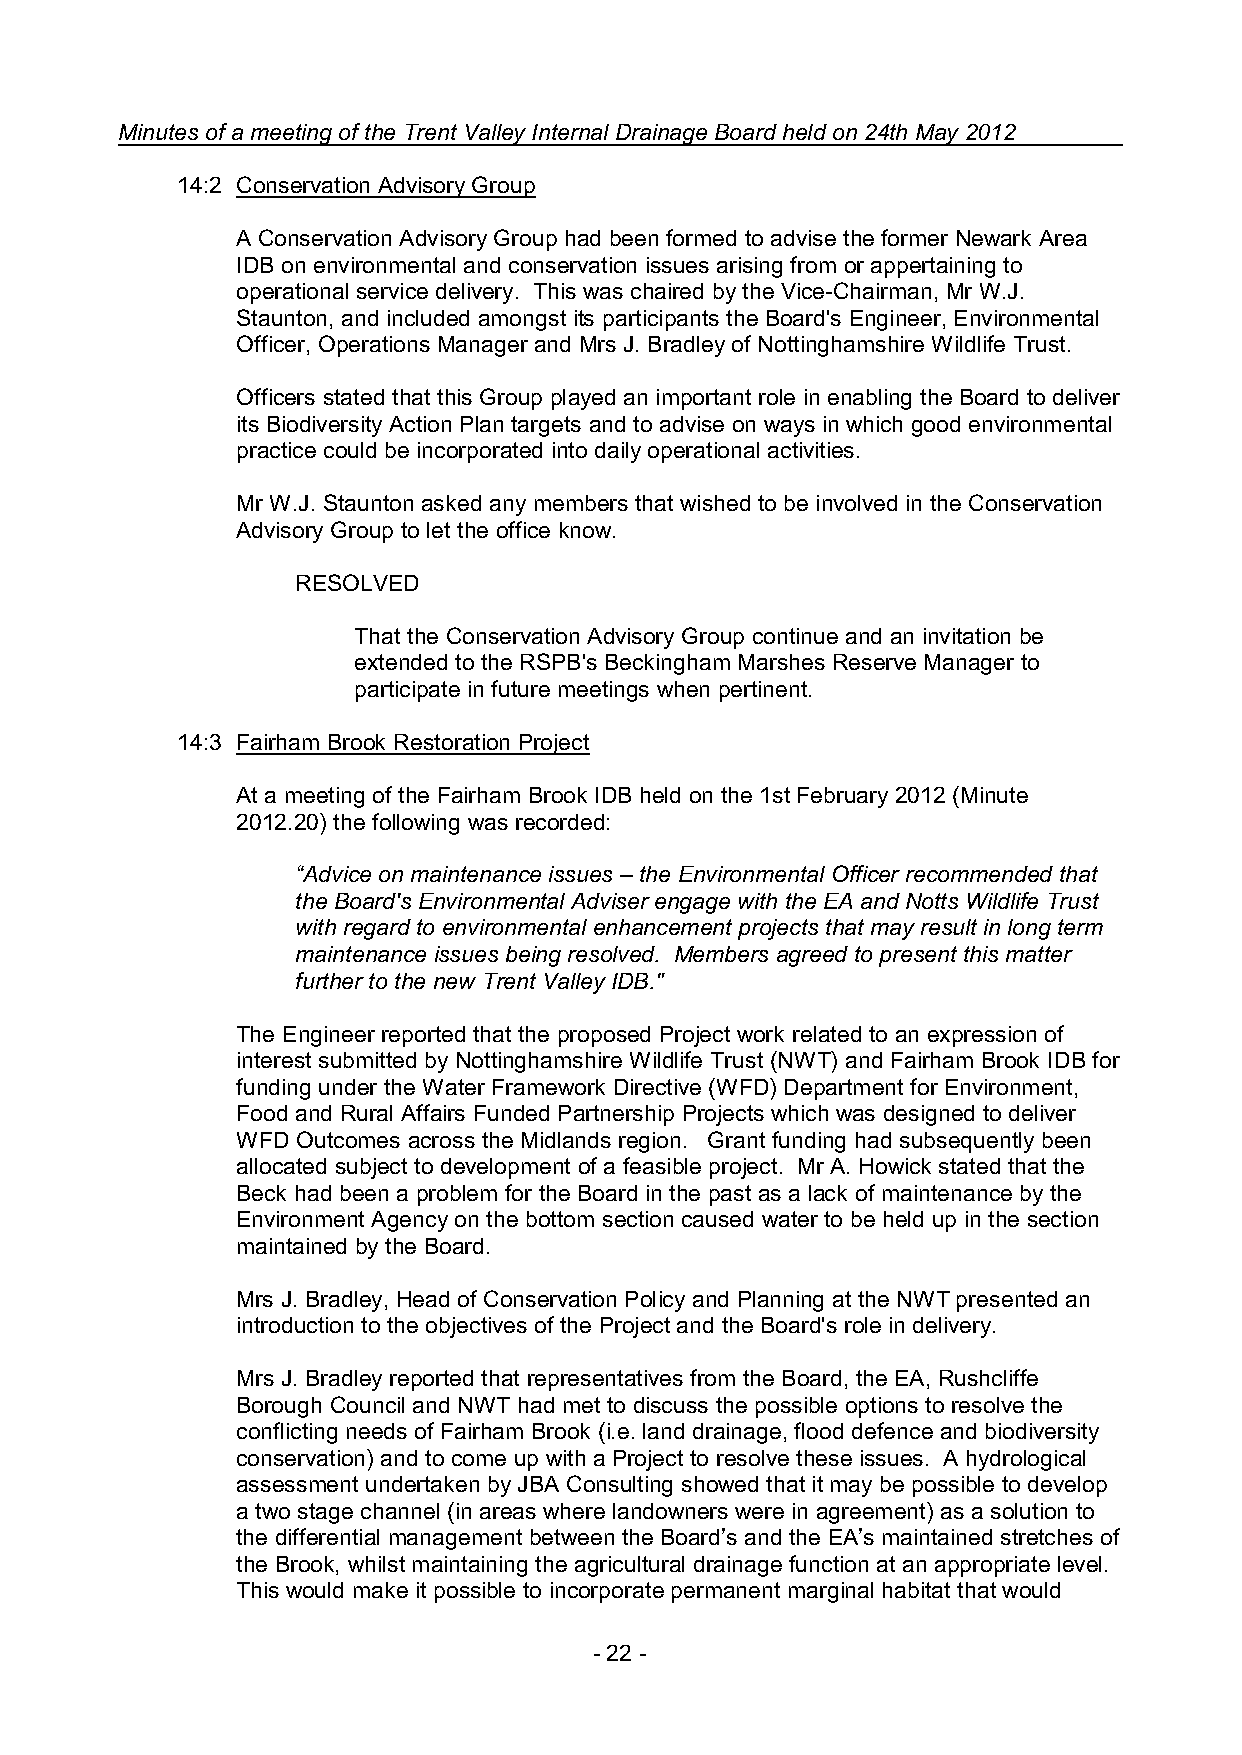
Minutes of a meeting of the Trent Valley Internal Drainage Board held on 24th May 2012
 14:2 Conservation Advisory Group
 A Conservation Advisory Group had been formed to advise the former Newark Area
 IDB on environmental and conservation issues arising from or appertaining to
 operational service delivery. This was chaired by the Vice-Chairman, Mr W.J.
 Staunton, and included amongst its participants the Board's Engineer, Environmental
 Officer, Operations Manager and Mrs J. Bradley of Nottinghamshire Wildlife Trust.
 Officers stated that this Group played an important role in enabling the Board to deliver
 its Biodiversity Action Plan targets and to advise on ways in which good environmental
 practice could be incorporated into daily operational activities.
 Mr W.J. Staunton asked any members that wished to be involved in the Conservation
 Advisory Group to let the office know.
 RESOLVED
 That the Conservation Advisory Group continue and an invitation be
 extended to the RSPB's Beckingham Marshes Reserve Manager to
 participate in future meetings when pertinent.
 14:3 Fairham Brook Restoration Project
 At a meeting of the Fairham Brook IDB held on the 1st February 2012 (Minute
 2012.20) the following was recorded:
 “Advice on maintenance issues – the Environmental Officer recommended that
 the Board's Environmental Adviser engage with the EA and Notts Wildlife Trust
 with regard to environmental enhancement projects that may result in long term
 maintenance issues being resolved. Members agreed to present this matter
 further to the new Trent Valley IDB."
 The Engineer reported that the proposed Project work related to an expression of
 interest submitted by Nottinghamshire Wildlife Trust (NWT) and Fairham Brook IDB for
 funding under the Water Framework Directive (WFD) Department for Environment,
 Food and Rural Affairs Funded Partnership Projects which was designed to deliver
 WFD Outcomes across the Midlands region. Grant funding had subsequently been
 allocated subject to development of a feasible project. Mr A. Howick stated that the
 Beck had been a problem for the Board in the past as a lack of maintenance by the
 Environment Agency on the bottom section caused water to be held up in the section
 maintained by the Board.
 Mrs J. Bradley, Head of Conservation Policy and Planning at the NWT presented an
 introduction to the objectives of the Project and the Board's role in delivery.
 Mrs J. Bradley reported that representatives from the Board, the EA, Rushcliffe
 Borough Council and NWT had met to discuss the possible options to resolve the
 conflicting needs of Fairham Brook (i.e. land drainage, flood defence and biodiversity
 conservation) and to come up with a Project to resolve these issues. A hydrological
 assessment undertaken by JBA Consulting showed that it may be possible to develop
 a two stage channel (in areas where landowners were in agreement) as a solution to
 the differential management between the Board’s and the EA’s maintained stretches of
 the Brook, whilst maintaining the agricultural drainage function at an appropriate level.
 This would make it possible to incorporate permanent marginal habitat that would
 - 22 -